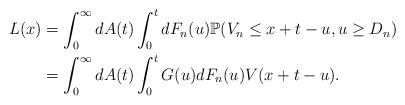
LaTeX: \begin{align*} L(x) &= \int_{0}^{\infty} dA(t) \int_{0}^{t} dF_n(u)\mathbb{P}(V_n \leq x+t-u, u \geq D_n) \\ &= \int_{0}^{\infty} dA(t) \int_{0}^{t} G(u) dF_n(u) V(x+t-u).\end{align*}